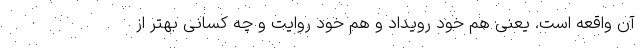
آن واقعه است. یعنی هم خود رویداد و هم خود روایت و چه کسانی بهتر از